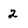
Character: 2